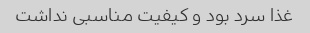
غذا سرد بود و کیفیت مناسبی نداشت